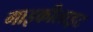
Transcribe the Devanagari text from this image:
गाइकीलाइट